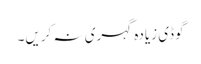
گوڈی زیادہ گہری نہ کریں۔